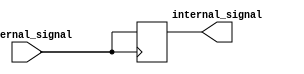
module IOB_LowPower_Buffer (
    input wire external_signal,
    output wire internal_signal
);

// High-sensitivity input buffer
reg internal_buffer;
assign internal_signal = internal_buffer;

always @ (posedge external_signal)
begin
    internal_buffer <= external_signal;
end

// High-impedance output buffer
reg drive_signal;
assign drive_signal = internal_buffer;

endmodule